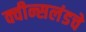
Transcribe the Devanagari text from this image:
क्वीन्सलंडचे